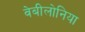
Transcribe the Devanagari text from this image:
वेबीलोनिया